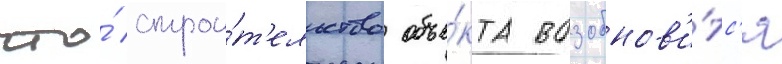
что́ строи́т'ельство объе́кта возобнов'и́тс'я